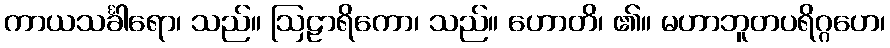
ကာယသင်္ခါရော၊ သည်။ ဩဠာရိကော၊ သည်။ ဟောတိ၊ ၏။ မဟာဘူတပရိဂ္ဂဟေ၊